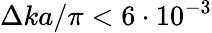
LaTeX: \Delta ka/\pi<6\cdot 10^{-3}